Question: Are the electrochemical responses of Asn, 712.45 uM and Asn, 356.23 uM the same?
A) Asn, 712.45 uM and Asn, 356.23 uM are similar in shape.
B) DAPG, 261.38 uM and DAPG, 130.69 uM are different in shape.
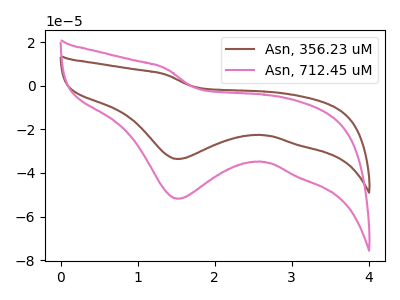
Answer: <think>The brown curve "Asn, 356.23 uM" has a cathodic peak at: (1.50V, -33.60uA). The pink curve "Asn, 712.45 uM" has a cathodic peak at: (1.50V, -51.85uA).
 All the peaks in "Asn, 712.45 uM" have a peak in "Asn, 356.23 uM" at the same potential. Every peak in "Asn, 712.45 uM" is higher than every peak in "Asn, 356.23 uM".</think>
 <answer>A) "Asn, 712.45 uM" and "Asn, 356.23 uM" are similar in shape.</answer>
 <eval>A</eval>